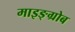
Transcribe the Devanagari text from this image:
माइङ्ग्रोब